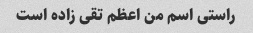
راستی اسم من اعظم تقی زاده است